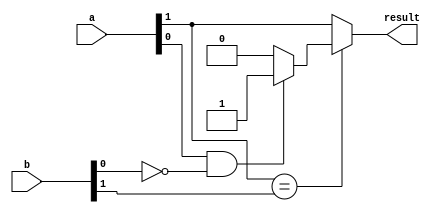
// 2bits 
// (a > b) ? 1 : 0

module greater_2bits (
    input [1:0] a, b,
    output result
    );
    
    wire bit1;
    
    assign bit1 = (a[0] == 1 && b[0] == 0) ? 1'b1 : 1'b0;   //
    assign result = (a[1] == b[1]) ? bit1 : a[1];
    
endmodule